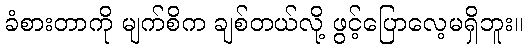
ခံစားတာကို မျက်စိက ချစ်တယ်လို့ ဖွင့်ပြောလေ့မရှိဘူး။